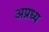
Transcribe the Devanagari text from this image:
अप्रध्य